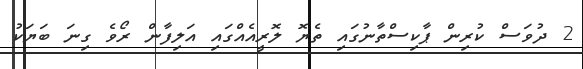
2 ދުވަަސް ކުރިން ޕާކިސްތާނުގައި ތެޔޮ ލޮރީއެއްގައި އަލިފާން ރޯވެ ގިނަ ބަޔަކު